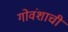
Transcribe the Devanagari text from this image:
गोवंशाची